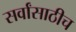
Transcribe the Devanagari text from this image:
सर्वांसाठीच